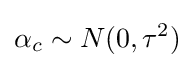
\alpha _{c}\sim N(0,\tau ^{2})